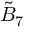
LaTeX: { \tilde { B } } _ { 7 }